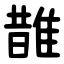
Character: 䧿